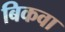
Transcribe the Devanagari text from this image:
बिकवा